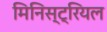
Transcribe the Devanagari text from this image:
मिनिस्ट्रियल